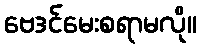
ဗေဒင်မေးစရာမလို။